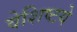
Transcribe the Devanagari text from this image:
वेशिष्टये